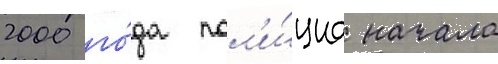
2000 го́да пол'и́циа начала